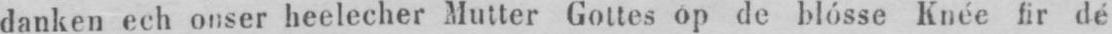
danken ech onser heelecher Mutter Gottes op de blósse Knée fir dé